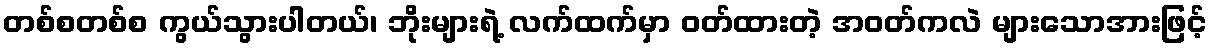
တစ်စတစ်စ ကွယ်သွားပါတယ်၊ ဘိုးများရဲ့ လက်ထက်မှာ ဝတ်ထားတဲ့ အဝတ်ကလဲ များသောအားဖြင့်